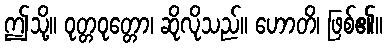
ဤသို့။ ဝုတ္တဝုတ္တော၊ ဆိုလိုသည်။ ဟောတိ၊ ဖြစ်၏။